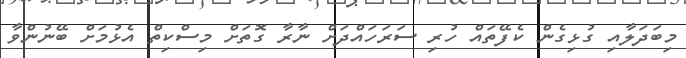
މިބަދަލާއި ގުޅިގެން ކެފޭތައް ހުރި ސަރަހައްދަށް ނާރާ ގޮތަށް މިސްކިތް އެޅުމަށް ބޭނުންވާ